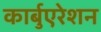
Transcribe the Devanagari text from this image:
कार्बुएरेशन